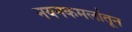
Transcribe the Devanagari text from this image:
नयनकमलांतून